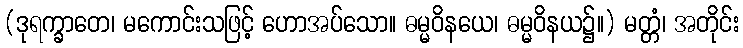
(ဒုရက္ခာတေ၊ မကောင်းသဖြင့် ဟောအပ်သော။ ဓမ္မဝိနယေ၊ ဓမ္မဝိနယ၌။) မတ္တံ၊ အတိုင်း